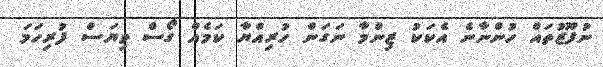
ނުފޫޒުތައް ހުންނާނެ އެކަކު ޒިންމާ ނަގަން ހުރިއްޔާ ކަމެއް ގޯސް ވިޔަސް ފުރިހަމަ